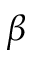
\beta